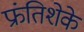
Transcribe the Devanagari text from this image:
फ्रंतिशेके